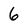
Character: 6